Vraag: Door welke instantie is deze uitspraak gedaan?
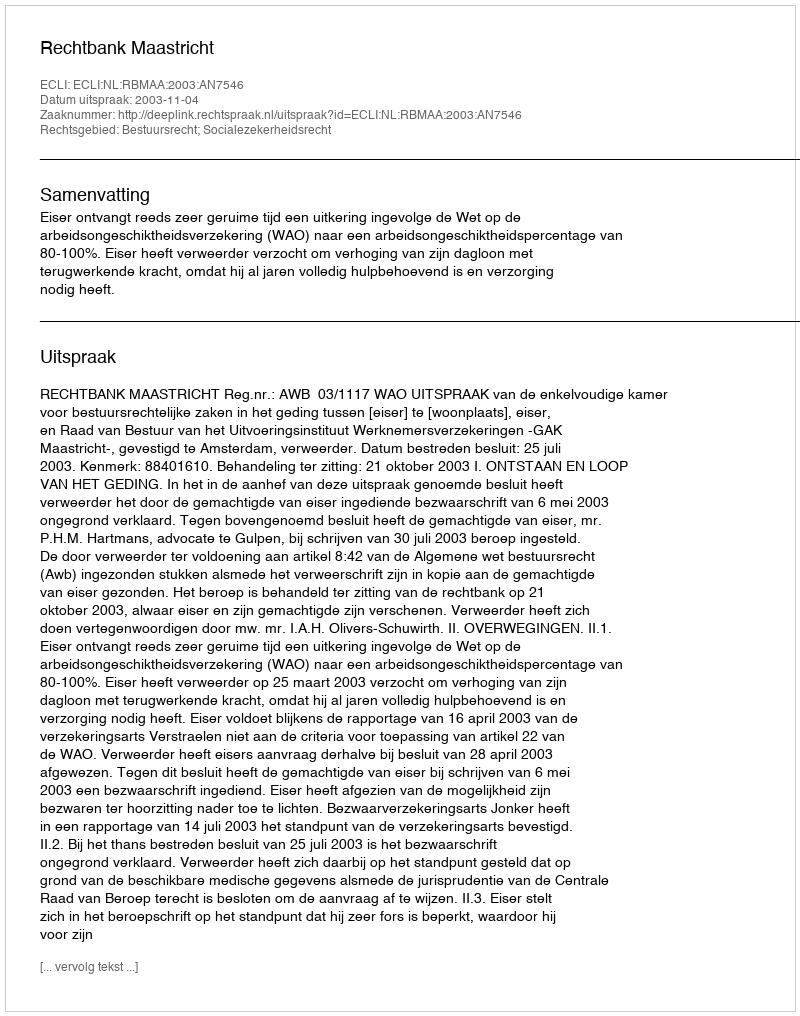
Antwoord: Rechtbank Maastricht